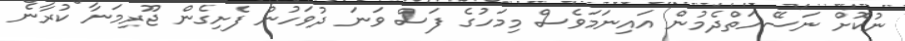
ނުކޮށް ނަސޭހަތްދެމުން އައިނަމަވެސް މިމަހުގެ ފަސް ވަނަ ދުވަހުން ފެށިގެން ޖޫރިމަނާ ކުރާނެ